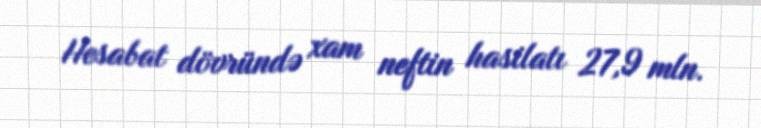
Hesabat dövründə xam neftin hasilatı 27,9 mln.